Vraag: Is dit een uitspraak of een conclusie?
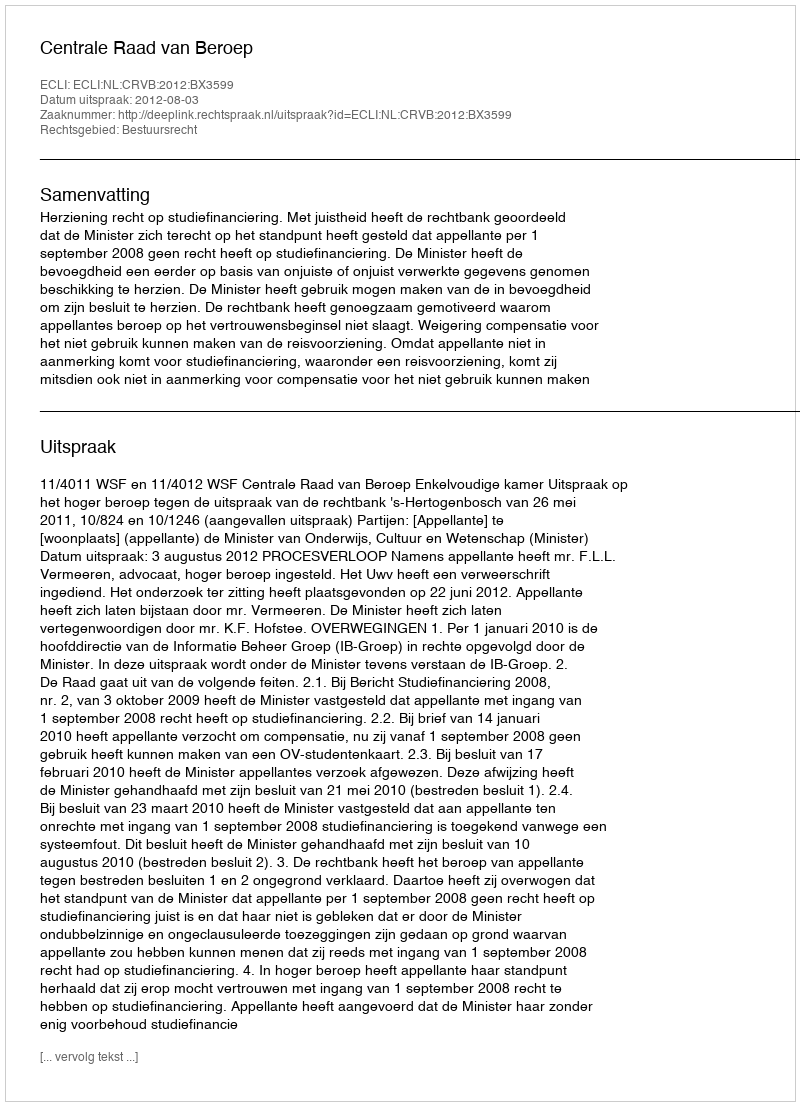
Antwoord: Uitspraak